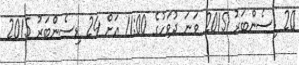
20 ޑިސެންބަރު 2015 ވަނަ ދުވަހުގެ 11:00 އަށް 24 ޑިސެންބަރު 2015